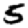
Digit: 5